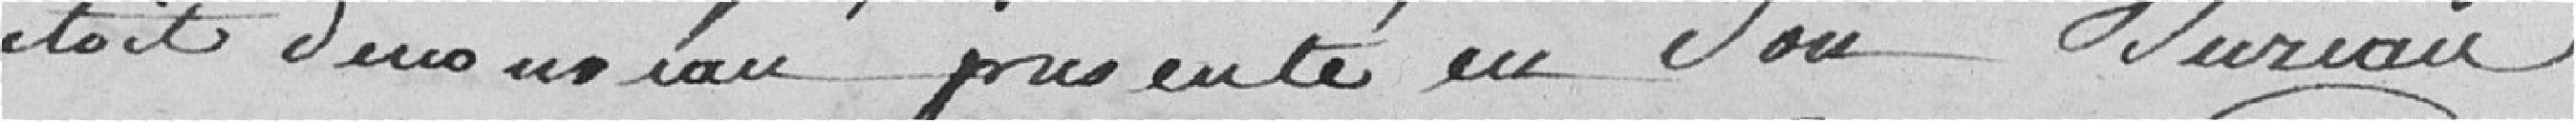
étoit de nouveau présenté en son bureau